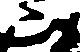
山